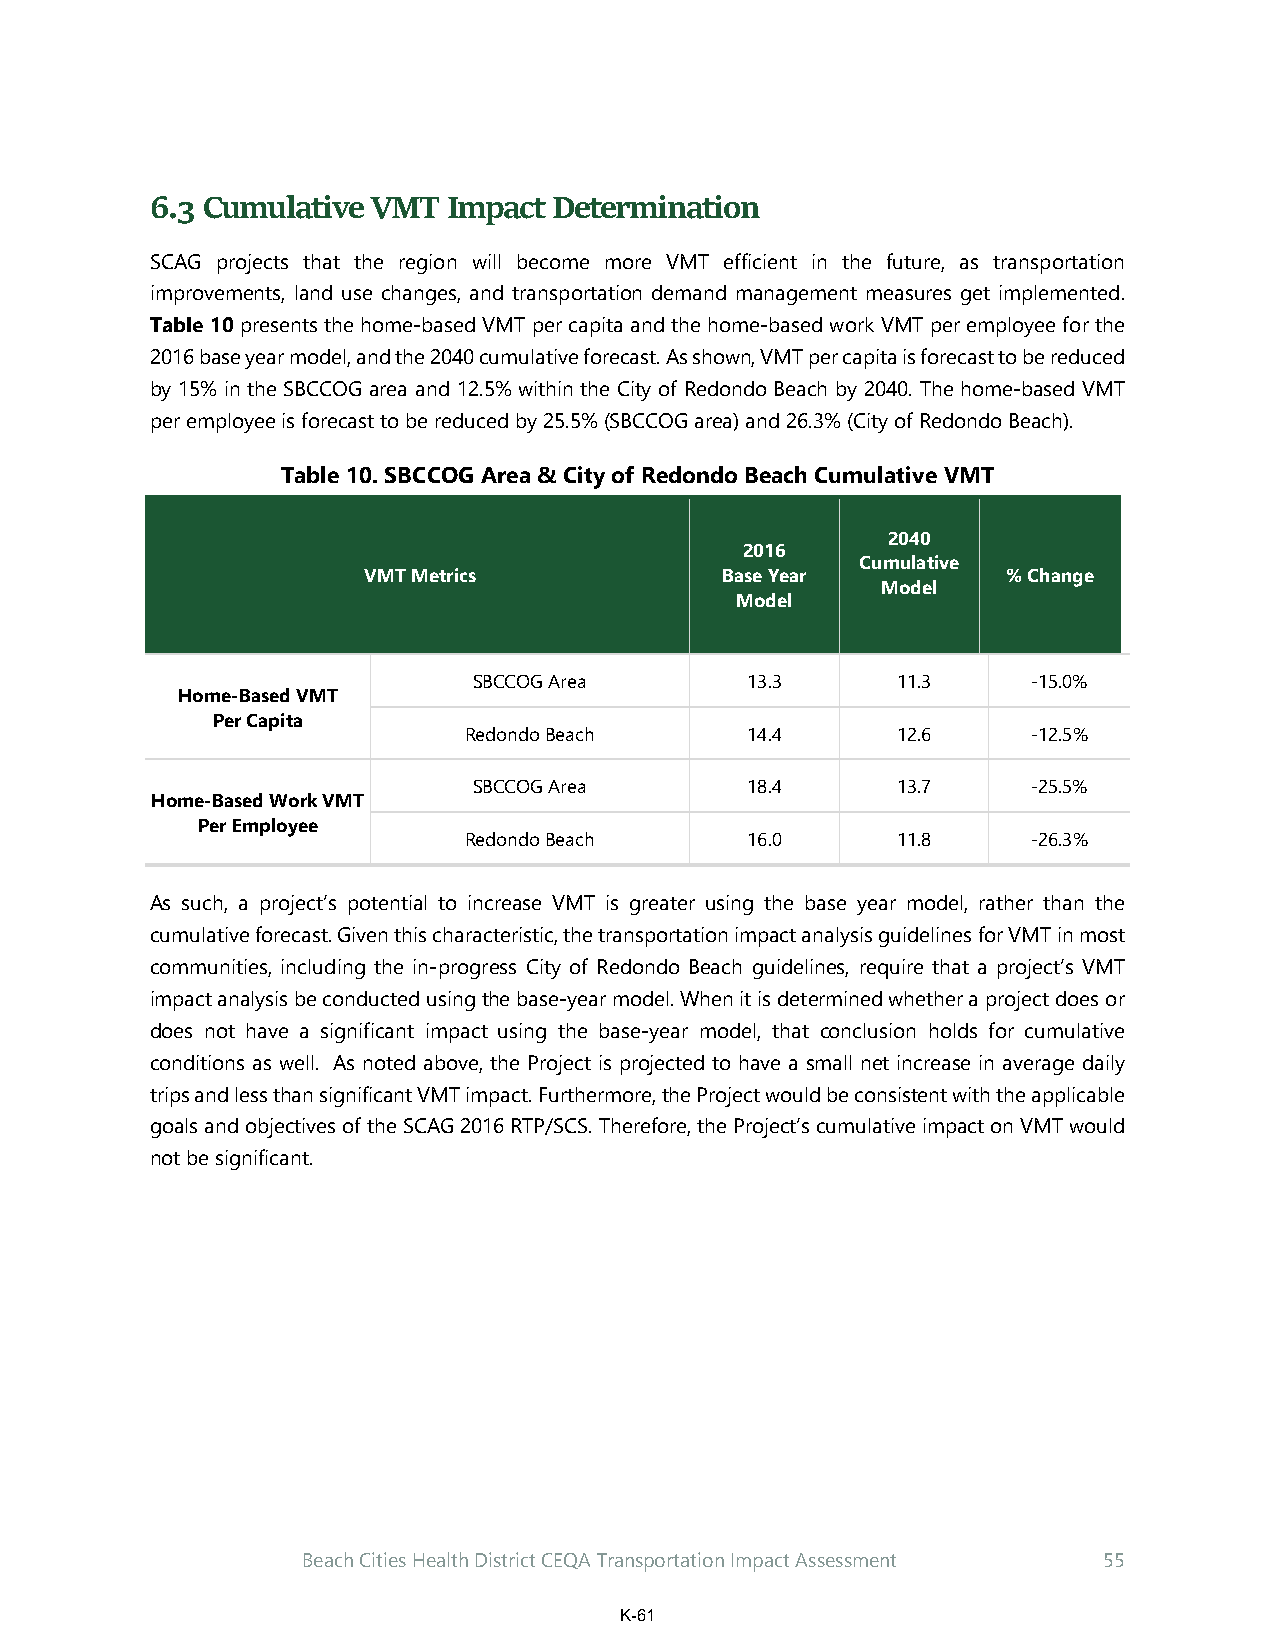
6.3 Cumulative VMT  Impact Determination
 SCAG projects that the region will become more VMT efficient in the future, as transportation
 improvements, land use changes, and transportation demand management measures get implemented.
 Table 10 presents the home-based VMT per capita and the home-based work VMT per employee for the
 2016 base year model, and the 2040 cumulative forecast. As shown, VMT per capita is forecast to be reduced
 by 15% in the SBCCOG area and 12.5% within the City of Redondo Beach by 2040. The home-based VMT
 per employee is forecast to be reduced by 25.5% (SBCCOG area) and 26.3% (City of Redondo Beach).
 Table 10. SBCCOG Area & City of Redondo Beach Cumulative VMT
 2040
 2016
 Cumulative
 VMT Metrics             Base Year          % Change
 Model
 Model
 SBCCOG Area       13.3      11.3     -15.0%
 Home-Based VMT
 Per Capita
 Redondo Beach     14.4      12.6     -12.5%
 SBCCOG Area       18.4      13.7     -25.5%
 Home-Based Work VMT
 Per Employee
 Redondo Beach     16.0      11.8     -26.3%
 As such, a project’s potential to increase VMT is greater using the base year model, rather than the
 cumulative forecast. Given this characteristic, the transportation impact analysis guidelines for VMT in most
 communities, including the in-progress City of Redondo Beach guidelines, require that a project’s VMT
 impact analysis be conducted using the base-year model. When it is determined whether a project does or
 does not have a significant impact using the base-year model, that conclusion holds for cumulative
 conditions as well. As noted above, the Project is projected to have a small net increase in average daily
 trips and less than significant VMT impact. Furthermore, the Project would be consistent with the applicable
 goals and objectives of the SCAG 2016 RTP/SCS. Therefore, the Project’s cumulative impact on VMT would
 not be significant.
 Beach Cities Health District CEQA Transportation Impact Assessment 55
 K-61